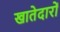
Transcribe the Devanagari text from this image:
खातेदारों